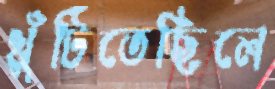
খুঁটিতেছিলে